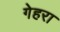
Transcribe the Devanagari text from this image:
गेहरा